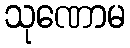
သုဏောမ